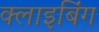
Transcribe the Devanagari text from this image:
क्लाइबिंग